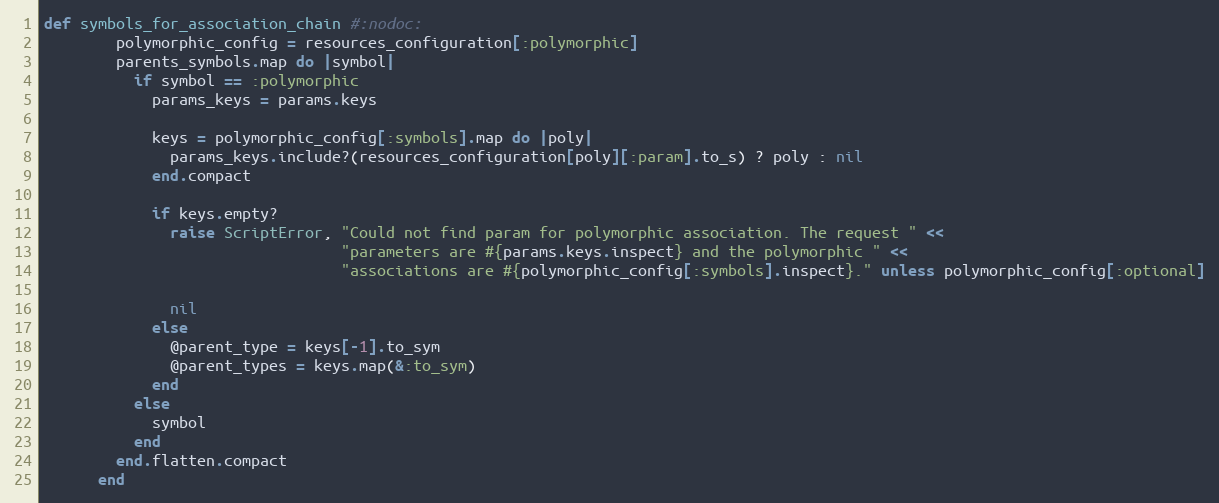
Language: Ruby
def symbols_for_association_chain #:nodoc:
        polymorphic_config = resources_configuration[:polymorphic]
        parents_symbols.map do |symbol|
          if symbol == :polymorphic
            params_keys = params.keys

            keys = polymorphic_config[:symbols].map do |poly|
              params_keys.include?(resources_configuration[poly][:param].to_s) ? poly : nil
            end.compact

            if keys.empty?
              raise ScriptError, "Could not find param for polymorphic association. The request " <<
                                 "parameters are #{params.keys.inspect} and the polymorphic " <<
                                 "associations are #{polymorphic_config[:symbols].inspect}." unless polymorphic_config[:optional]

              nil
            else
              @parent_type = keys[-1].to_sym
              @parent_types = keys.map(&:to_sym)
            end
          else
            symbol
          end
        end.flatten.compact
      end